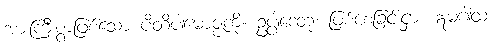
အားကြီးစွာဖြစ်သော ပီတိပါမောဇ္ဇကို။ ဥပ္ပါဒေတုံ၊ ဖြစ်စေခြင်းငှာ။ ဣမံဂါထံ၊